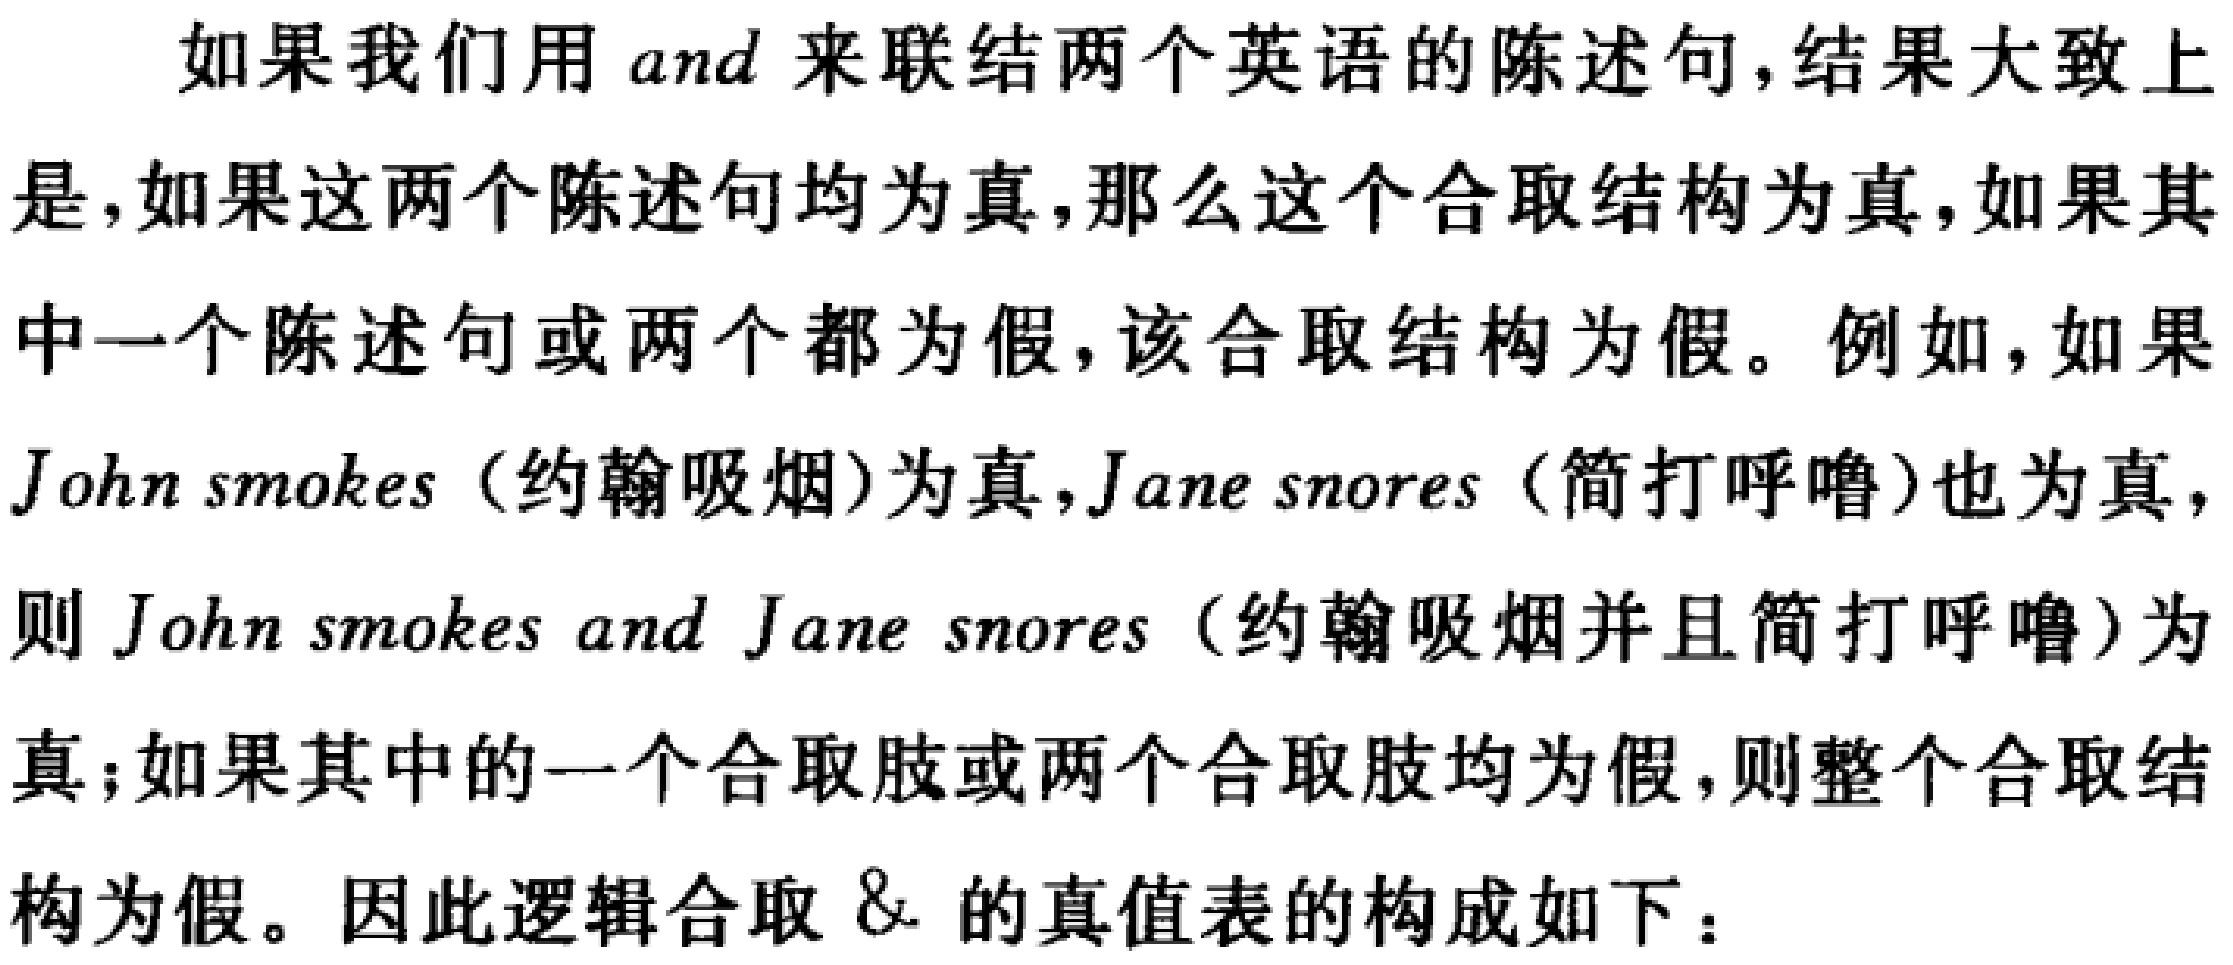
如果我们用 and 来联结两个英语的陈述句,结果大致上是,如果这两个陈述句均为真,那么这个合取结构为真,如果其中一个陈述句或两个都为假,该合取结构为假。例如,如果John smokes（约翰吸烟）为真,Jane snores（简打呼噜）也为真,则John smokes and Jane snores（约翰吸烟并且简打呼噜）为真;如果其中的一个合取肢或两个合取肢均为假,则整个合取结构为假。因此逻辑合取 & 的真值表的构成如下：